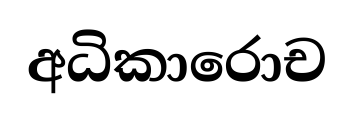
අධිකාරොච